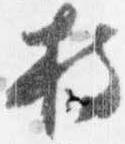
持